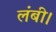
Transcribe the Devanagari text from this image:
लंबी।